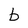
Character: b